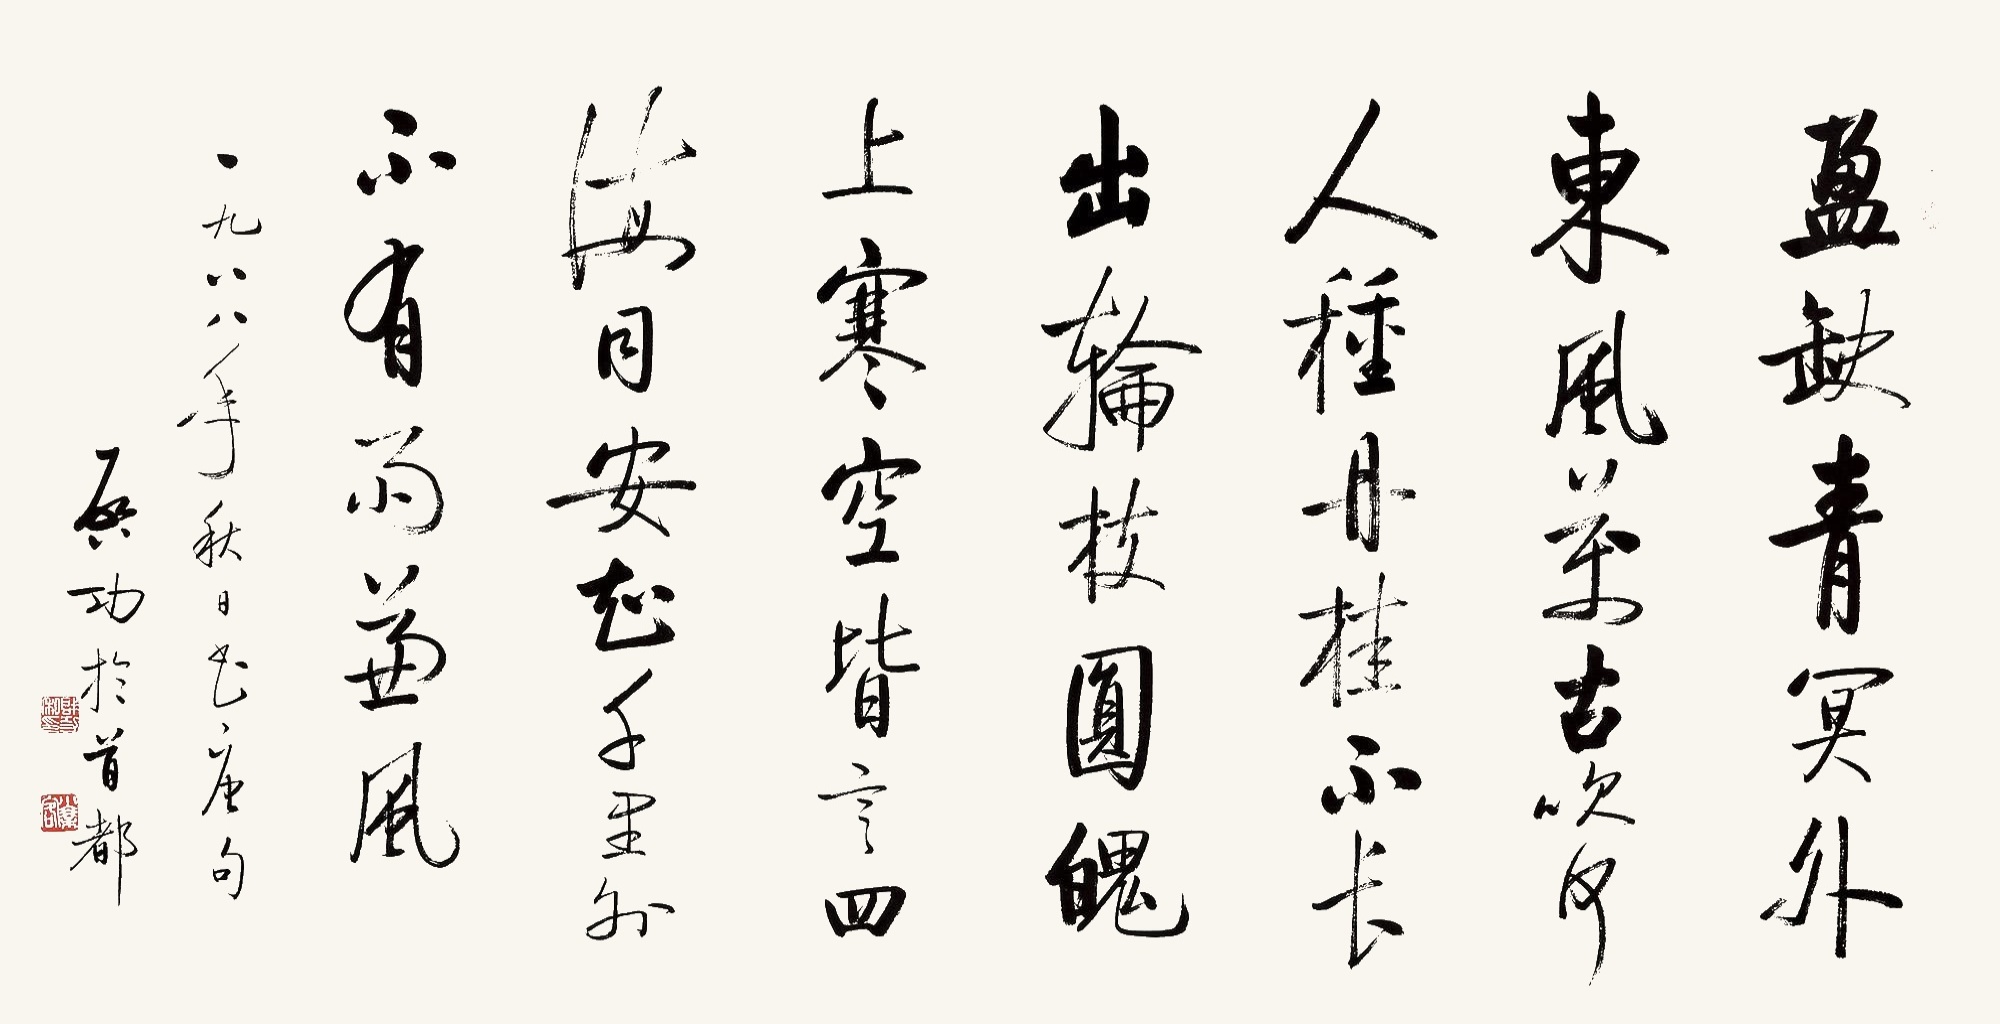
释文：盈缺青冥外，东风万古吹。何人种丹桂，不长出轮枝。圆魄上寒空，皆言四海同。安知千里外，不有雨兼风。一九八八年秋日书唐句，启功于首都。